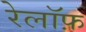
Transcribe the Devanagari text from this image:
रेलॉफ़